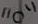
Text: "0"